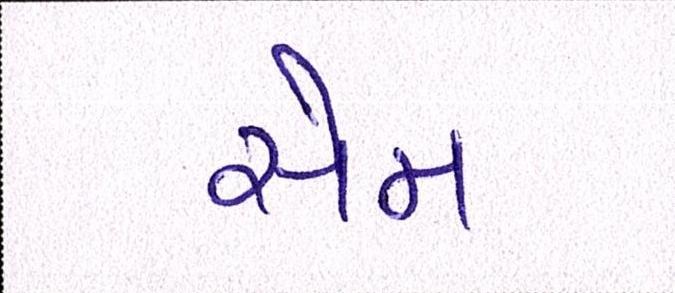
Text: સેમ